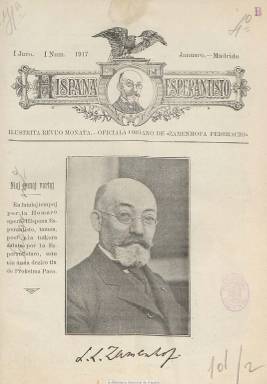
Título: Hispana esperantisto
Colección: Esperanto || Revistas de información general
Ámbito geográfico: Madrid
Lugar de publicación: Madrid
Fechas: 01/01/1917-31/12/1922

La revista Hispana Esperantisto (Esperantista Español), era el órgano oficial de Zamenhofa Federacio (Federación Zamenhofiana), que se fundó en 1917.

Para entender el origen de la Federación es necesario conocer mínimamente la historia del esperanto en España. Después de que Zamenhof publicara la primera gramática en Varsovia, en 1887 para dar a conocer la lengua, el esperanto tuvo una gran difusión en nuestro país y rápidamente alcanzó un alto grado de madurez. Se crearon diversas agrupaciones para difundir el idioma, entre ellas la Hispana Societo por Propagando de Esperanto (Sociedad Española para la Propaganda del Esperanto) y se publicaron varias revistas. Pero todo este progreso se vio frenado bruscamente el año 1914, con el inicio de la Primera Guerra Mundial, a pesar de la neutralidad del país. Un golpe adicional lo constituyó el fallecimiento del fundador del idioma el año 1917.

Además, en esa misma época, las diferentes sensibilidades nacionalistas se reflejaron también en el movimiento esperantista español. Después de la desaparición de la Sociedad Española para la Propaganda del Esperanto, en 1916, se funda la Hispana Esperantista Konfederacio (Confederación Esperantista Española) sobre la base de las ya existentes Federaciones de Aragón, Cataluña y el País Vasco, pero los esfuerzos por reunir  de nuevo a los esperantistas españoles en una sola organización no tuvieron éxito. Fruto de esa división interna del movimiento fue la fundación en Madrid de la Federación Zamenhofiana.

El nombre de la asociación hace referencia al creador del idioma, el Dr. Lázaro Zamenhof y la iniciativa correspondió a una persona que tendría una influencia muy grande en el movimiento esperantista hasta la guerra civil, Julio Mangada Rosenörn. Militar republicano, masón, Mangada fue una figura destacada en la sociedad española de los años 30 y durante el comienzo de la guerra civil, y fue la cara visible del esperanto en España durante más de dos décadas.

En el primer número de Hispana Esperantisto se publica el reglamento de la Federación, donde puede leerse que esta pretende aglutinar a las asociaciones  de  Castilla, Extremadura, Murcia, Galicia, Asturias, Navarra y los archipiélagos balear y canario.  Lleva como subtítulo “Revista mensual ilustrada, órgano oficial de la Federación Zamenhofiana”.  A partir del número 3 pasa a ser el “órgano oficial de las Federaciones Zamenhofiana y Andaluza” y a partir del 46 es el “órgano oficial de las Federaciones Zamenhofiana, Andaluza y Aragonesa”.

Julio Mangada fue no solo el fundador de la Federación, sino también el redactor principal de la revista, en colaboración con Emilio González Linera, y uno de los colaboradores más asiduos. Otra pluma destacada fue la de Ricardo Codorniu y Estárico, considerado el padre de la ingeniería forestal española y pionero del esperantismo español.

La revista informaba no solo de los asuntos realcionados con las organizaciones de las cuales era el órgano oficial y del movimiento esperantista en general. También publicaba artículos culturales, literatura original y traducida (textos de Jacinto Benavente, por ejemplo, en la época autor de éxito) e incluso chistes y pasatiempos. Y, a pesar de la carestía del papel debida a los avatares de la guerra, Hispana Esperantisto es una revista de calidad y bellamente ilustrada. Se publicó íntegramente en esperanto.

Según la Bibliografía de publicaciones periódicas en o sobre el esperanto (Bibliografio de periodaĵoj en aŭ pri Esperanto), se publicaron al menos 62 números (entre enero de 1917 y febrero de 1923).

[Descripción publicada el 25/03/2019]